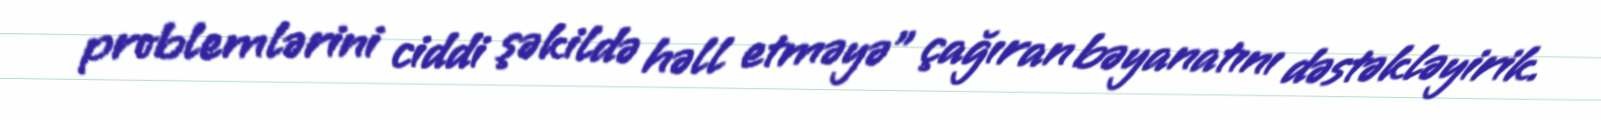
problemlərini ciddi şəkildə həll etməyə” çağıran bəyanatını dəstəkləyirik.